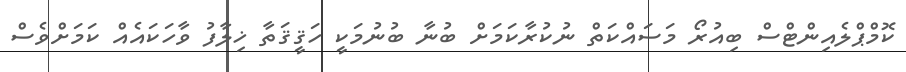
ކޮމްޕްލެއިންޓްސް ބިއުރޯ މަސައްކަތް ނުކުރާކަމަށް ބުނާ ބުނުމަކީ ހަޤީޤަތާ ޚިލާފު ވާހަކައެއް ކަމަށްވެސް